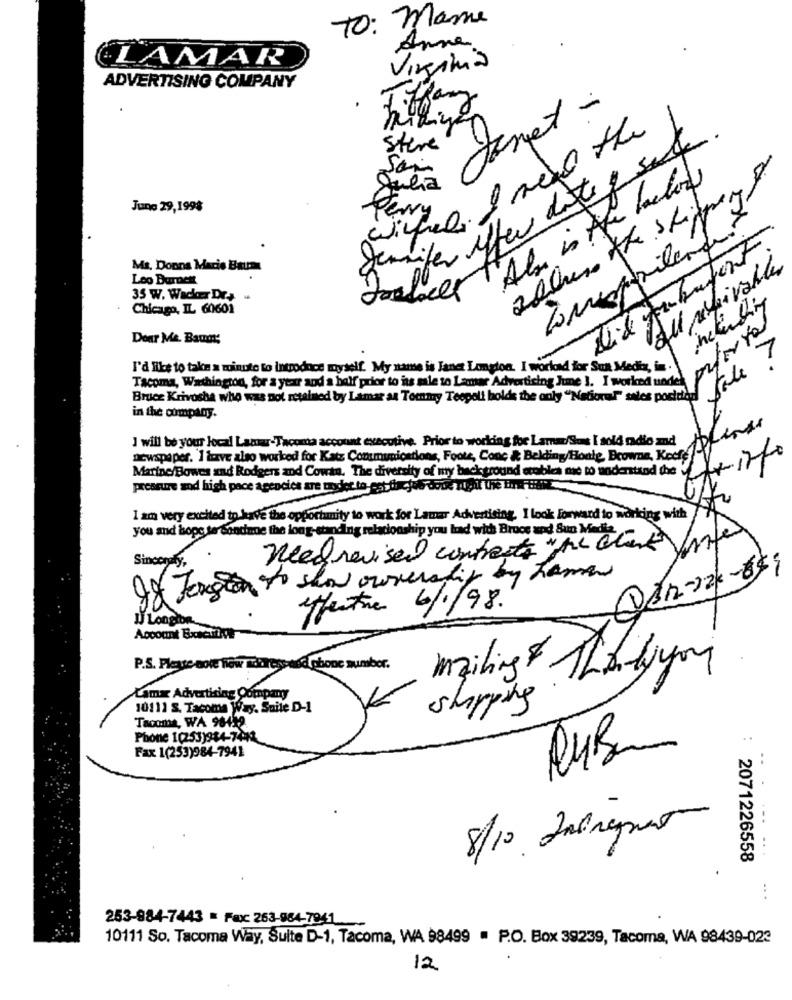
TO: Mame
Anne
LAMAR
Virginia
ADVERTISING COMPANY
target-
milyen
I need the
Jennifer iffer date & sale
steve
San
Als in the below
June 29,1998
IlQues the skippers
wirne
3
Ms. Donna Marie Baum
all nelivables
Leo Burnett
35 W. Wacker Dr+
Chicago, IL 60601
Dour Me. Baum:
I'd like to take a minute to Introduce myself. My name is Janet Langton. I worked for Sunt Media, in .
tale
Bruce Krivosha who was not retained by Lamar as Tommy Teopelt bolde the only "National" sales poridari
in the company.
I will be your local Lamar-Tacoma account executive. Prior to working for Lama/Suas I sold radio and
newspaper. I love also worked for Katz Communications, Foote, Conc & Belding/Hoale, Browne, Keefe!"
Marine/Bowes and Rodgers and Cowan. The diversity of my background ettbles me to understand the
pressure sod high pace agencies are under to est tincjob done That the En Filt
I am very excited to have the opportunity to work for Lamar Advertising. I look forward to working with
you and hope ter Sondene the long-standing relationship you had with Bruce and Sun Media.
Need revised contracts whe aten
Sincerely,
@112-20-659
go Fonction to show ownersdig by hemen
effectue 6/1/98.
U Longit
Account Booketil dir
P.S. Fleste note few matress and phone
umbor.
mailing Thorlyon
Lamar Advertising Company
10111 S. Tacoma Way. Suite D-1
shipping
Tacoma, WA 98419.
Phone 1(253)984-7442
Fax 1(253)984-7941
RUB
8/10 Ineraport
....
: 2071226558
...
253-984-7443 = Fax: 263-984-7941
10111 So. Tacoma Way, Suite D-1, Tacoma, WA 98499 . P.O. Box 39239, Tacoma, WA 98439-023
12